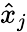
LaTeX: \hat{x}_{j}